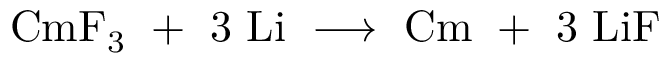
\mathrm { C m F _ { 3 } \ + \ 3 \ L i \ \longrightarrow \ C m \ + \ 3 \ L i F }